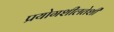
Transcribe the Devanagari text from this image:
प्रयोगशीलतेशी